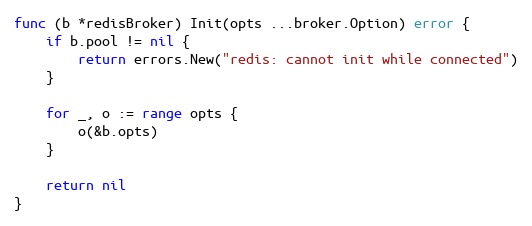
Language: Go
func (b *redisBroker) Init(opts ...broker.Option) error {
	if b.pool != nil {
		return errors.New("redis: cannot init while connected")
	}

	for _, o := range opts {
		o(&b.opts)
	}

	return nil
}